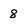
Character: 8